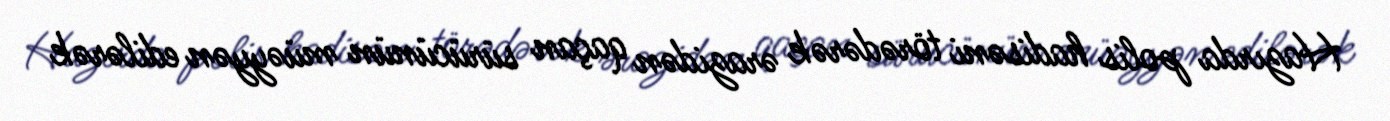
Hazırda polis hadisəni törədərək ərazidən qaçan sürücünün müəyyən edilərək